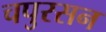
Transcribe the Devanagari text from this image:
चपुरसन